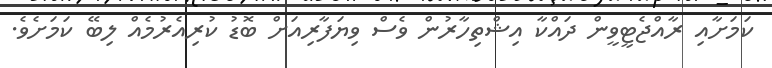
ކަމަށާއި ރާއްޖެޓީވީން ދައްކާ އިޝްތިހާރުން ވެސް ވިޔަފާރިއަށް ބޮޑު ކުރިއެރުމެއް ލިބޭ ކަމަށެވެ.